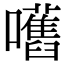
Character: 嚿